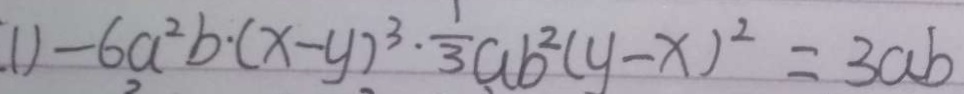
( 1 ) - 6 a ^ { 2 } b \cdot ( x - y ) ^ { 3 } \cdot \frac { 1 } { 3 } a b ^ { 2 } ( y - x ) ^ { 2 } = 3 a b